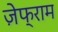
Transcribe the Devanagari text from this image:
ज़ेफ्राम